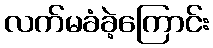
လက်မခံခဲ့ကြောင်း